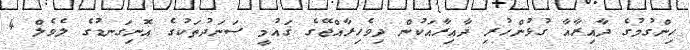
ހިންގުމުގެ ދާއިރާއާ ގުޅުންހުރި ދާއިރާއަކުން ދިވެހިރާއްޖޭގެ ޤައުމީ ސަނަދުތަކުގެ އޮނިގަނޑުގެ ލެވެލް 4